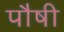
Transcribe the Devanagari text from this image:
पौषी